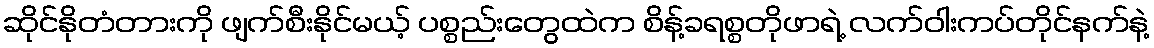
ဆိုင်နိုတံတားကို ဖျက်စီးနိုင်မယ့် ပစ္စည်းတွေထဲက စိန့်ခရစ္စတိုဖာရဲ့ လက်ဝါးကပ်တိုင်နက်နဲ့